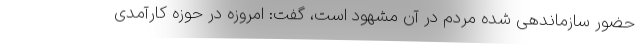
حضور سازماندهی شده مردم در آن مشهود است، گفت: امروزه در حوزه کارآمدی